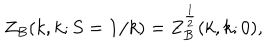
Z _ { B } ( k , k ; S = { \bf 1 } / k ) = Z _ { B } ^ { \frac { 1 } { 2 } } ( k , k ; 0 ) ,